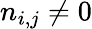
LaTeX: n_{i,j}\neq 0